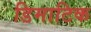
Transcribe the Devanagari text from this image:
डिमाटिक